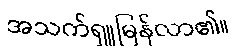
အသက်ရှူမြန်လာ၏။